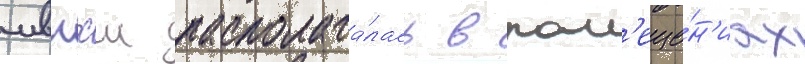
мвпхш располага́лась в пом'еще́н'иах